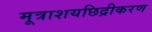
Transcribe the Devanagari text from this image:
मूत्राशयछिद्रीकरण